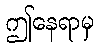
ဤနေရာမှ